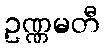
ဥဏ္ဏမတီ